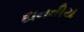
દાનવીય